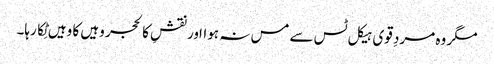
مگر وہ مردِ قوی ہیکل ٹس سے مس نہ ہوااور نقشِ کالحجر وہیں کا وہیں ٹِکا رہا۔